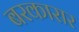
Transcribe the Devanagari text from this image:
बरकारार